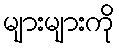
များများကို